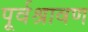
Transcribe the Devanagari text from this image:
पूर्वश्रावण